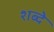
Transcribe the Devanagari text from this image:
शब्दे